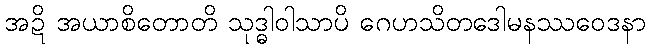
အဍိ အယာစိတောတိ သုဒ္ဓါဝါသာပိ ဂေဟသိတဒေါမနဿဝေဒနာ